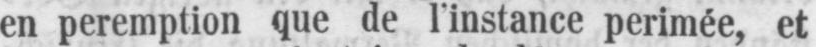
en peremption que de l’instance perimée, et